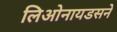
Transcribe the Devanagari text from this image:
लिओनायडसने